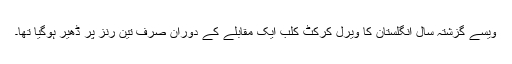
ویسے گزشتہ سال انگلستان کا ویرل کرکٹ کلب ایک مقابلے کے دوران صرف تین رنز پر ڈھیر ہوگیا تھا۔